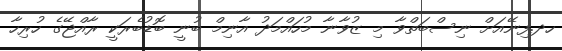
ހދ.ފިނޭއަށް ނިސްބަތްވާ މި ޒުވާނާ މުހައްމަދު އާނިމް ބުނީ ބޮޑުބެރަކީ ރާއްޖޭގެ ހުރިހާ